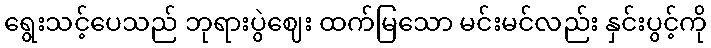
ရွေးသင့်ပေသည် ဘုရားပွဲဈေး ထက်မြသော မင်းမင်လည်း နှင်းပွင့်ကို